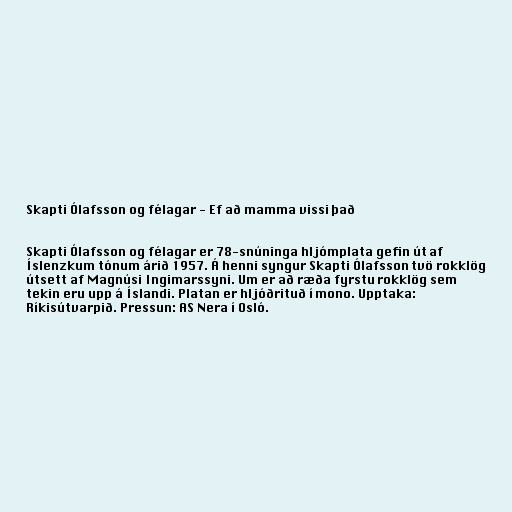
Skapti Ólafsson og félagar - Ef að mamma vissi það

Skapti Ólafsson og félagar er 78-snúninga hljómplata gefin út af
Íslenzkum tónum árið 1957. Á henni syngur Skapti Ólafsson tvö rokklög
útsett af Magnúsi Ingimarssyni. Um er að ræða fyrstu rokklög sem
tekin eru upp á Íslandi. Platan er hljóðrituð í mono. Upptaka:
Ríkisútvarpið. Pressun: AS Nera í Osló.